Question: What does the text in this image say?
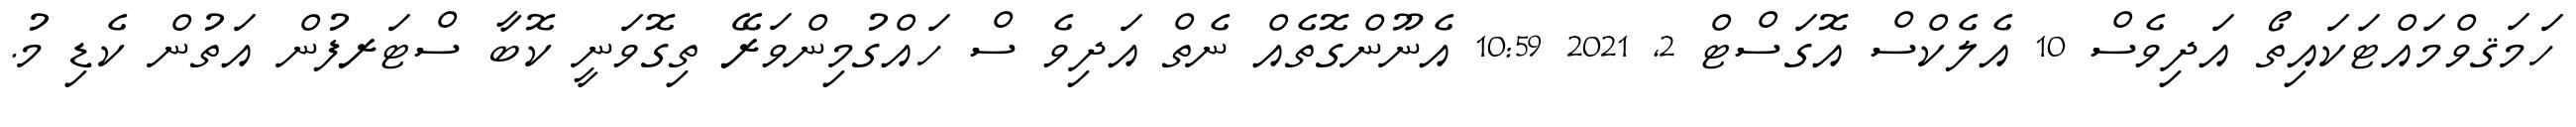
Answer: ހަމަޤވްމައްޓަކައިތޯ އަދިވެސް 10 އެލެކްސް އޮގަސްޓް 2, 2021 10:59 އެނޫންގޮތެއް ނެތް އަދިވެ ސް ހައްގުމިންވަރޭ ތިގޮވަނީ ކޮބާ ސްޓަރފުން އަތުން ކެޑި މު.